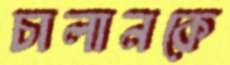
চালানকে